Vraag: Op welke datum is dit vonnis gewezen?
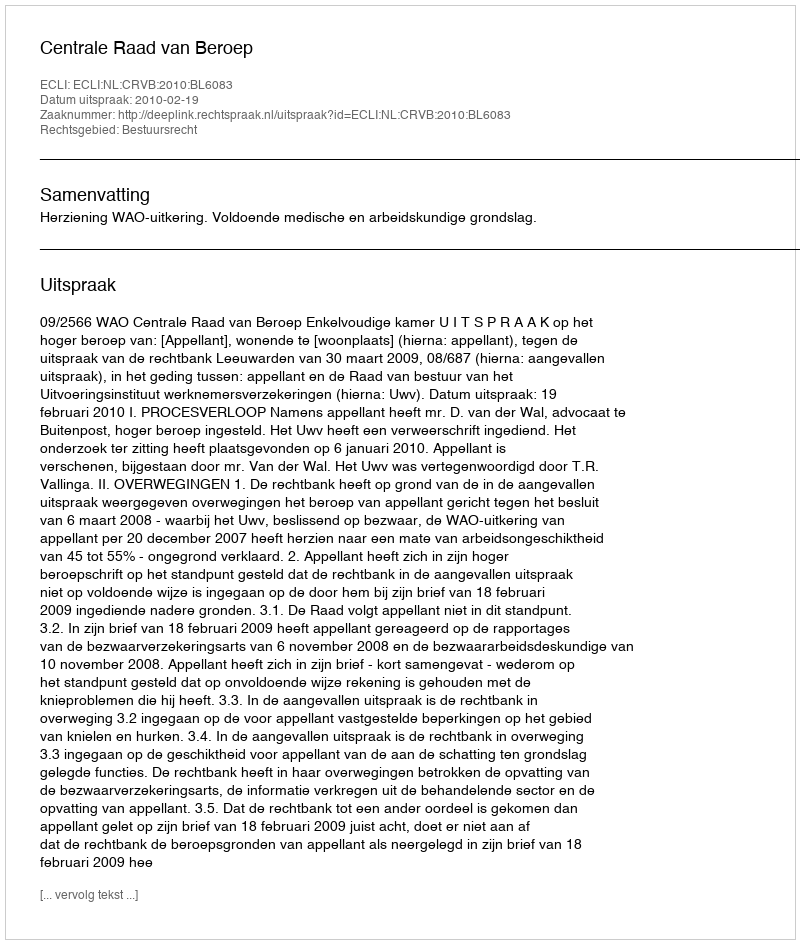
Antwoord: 2010-02-19